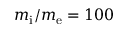
m _ { \mathrm { i } } / m _ { \mathrm { e } } = 1 0 0